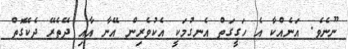
ނޫނެވެ. އަނެއްކާ އެ ހަގީގަތް އެނގުމަކީ އެކުވެރިން އޭނާ އާއި ދޭތެރޭ ދެކޭގޮތް